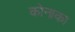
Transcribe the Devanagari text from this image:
कोनाका